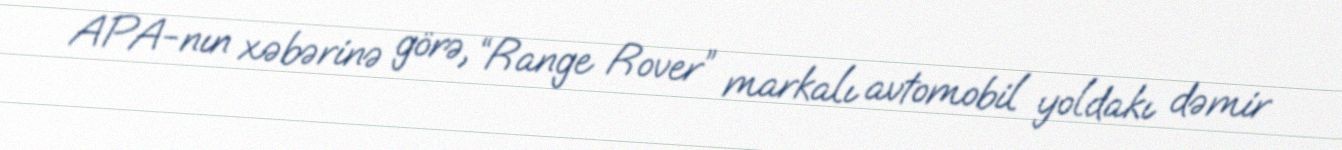
APA-nın xəbərinə görə, “Range Rover” markalı avtomobil yoldakı dəmir